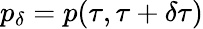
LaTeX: p_{\delta}=p(\tau,\tau+\delta\tau)